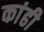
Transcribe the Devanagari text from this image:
कांढी